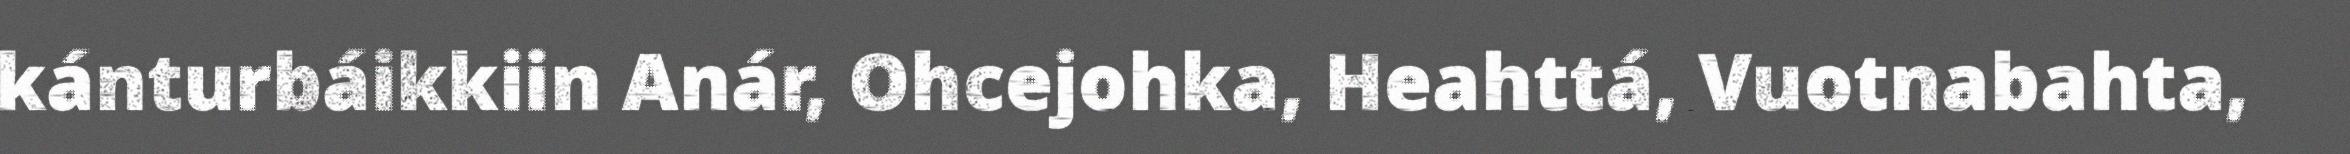
kánturbáikkiin Anár, Ohcejohka, Heahttá, Vuotnabahta,